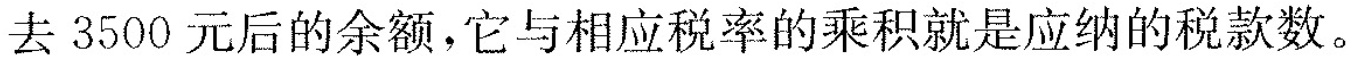
去3500元后的余额，它与相应税率的乘积就是应纳的税款数。